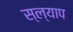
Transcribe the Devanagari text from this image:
स्ल्याप